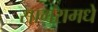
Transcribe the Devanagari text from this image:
सागरामधे